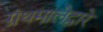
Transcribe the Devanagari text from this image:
ग्रंथमालेद्वारे